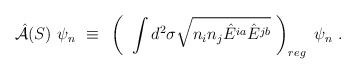
\begin{align*}{\hat {\cal A}}(S)~\psi_n~\equiv~ \left( ~\int d^2 \sigma \sqrt{n_i n_j {\hat E}^{ia} {\hat E}^{jb}}~ \right)_{reg}~ \psi_n~.\end{align*}